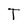
Character: T